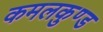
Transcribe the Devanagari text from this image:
कमलकुण्ड